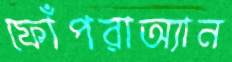
ফোঁপরাঅ্যান